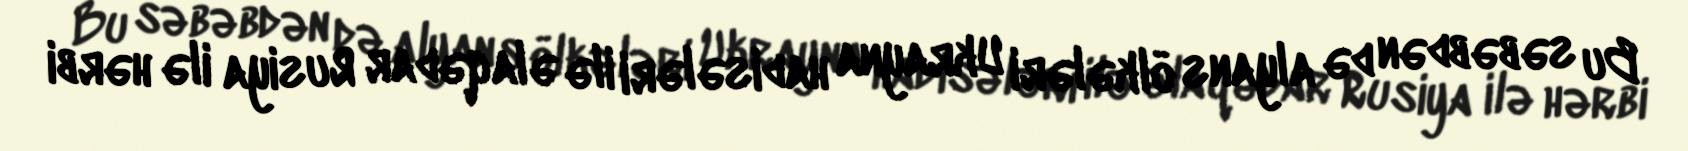
Bu səbəbdən də alyans ölkələri Ukrayna hadisələri ilə əlaqədar Rusiya ilə hərbi